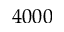
4 0 0 0